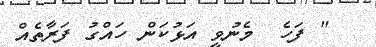
" ފަހެ  މެނުވީ އަޅުކަން ހައްގު ފަރާތެއް